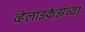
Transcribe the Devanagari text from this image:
व्हेलाझ्केझच्या